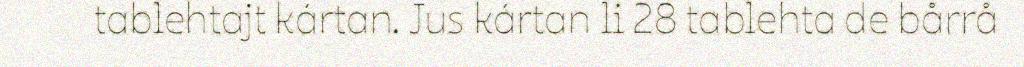
tablehtajt kártan. Jus kártan li 28 tablehta de bårrå